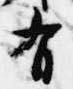
有